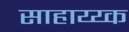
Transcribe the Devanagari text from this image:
साहाय्य्क